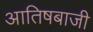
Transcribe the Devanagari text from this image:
आतिषबाजी